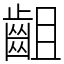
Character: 齟